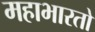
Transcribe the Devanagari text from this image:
महाभारतो